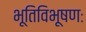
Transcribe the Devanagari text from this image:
भूतिविभूषणः